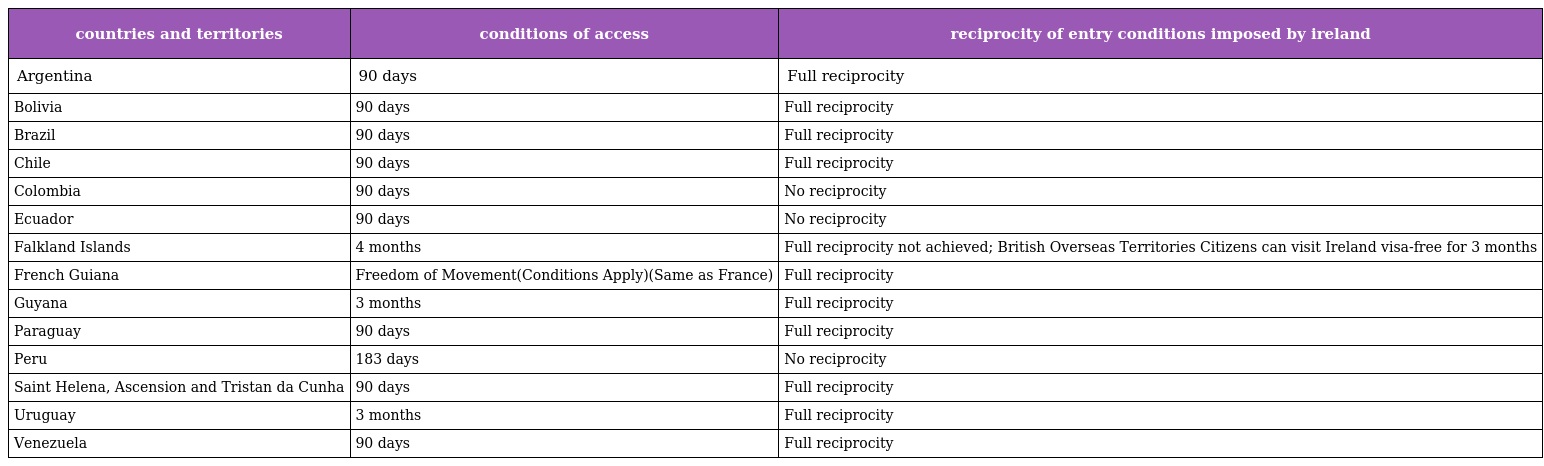
| countries and territories | conditions of access | reciprocity of entry conditions imposed by ireland |
 | --- | --- | --- |
 | Argentina | 90 days | Full reciprocity |
 | Bolivia | 90 days | Full reciprocity |
 | Brazil | 90 days | Full reciprocity |
 | Chile | 90 days | Full reciprocity |
 | Colombia | 90 days | No reciprocity |
 | Ecuador | 90 days | No reciprocity |
 | Falkland Islands | 4 months | Full reciprocity not achieved; British Overseas Territories Citizens can visit Ireland visa-free for 3 months |
 | French Guiana | Freedom of Movement(Conditions Apply)(Same as France) | Full reciprocity |
 | Guyana | 3 months | Full reciprocity |
 | Paraguay | 90 days | Full reciprocity |
 | Peru | 183 days | No reciprocity |
 | Saint Helena, Ascension and Tristan da Cunha | 90 days | Full reciprocity |
 | Uruguay | 3 months | Full reciprocity |
 | Venezuela | 90 days | Full reciprocity |